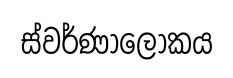
ස්වර්ණාලෝකය